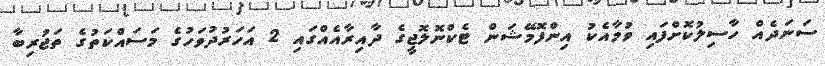
ސަނަދެއް ހާސިލުކޮށްފައި ވުމާއެކު އިންފޮމޭޝަން ޓެކްނޮލޮޖީގެ ދާއިރާއެއްގައި 2 އަހަރުދުވަހުގެ މަސައްކަތުގެ ތަޖުރިބާ